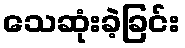
သေဆုံးခဲ့ခြင်း